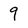
Character: 9